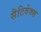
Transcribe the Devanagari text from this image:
सैटिवेक्स